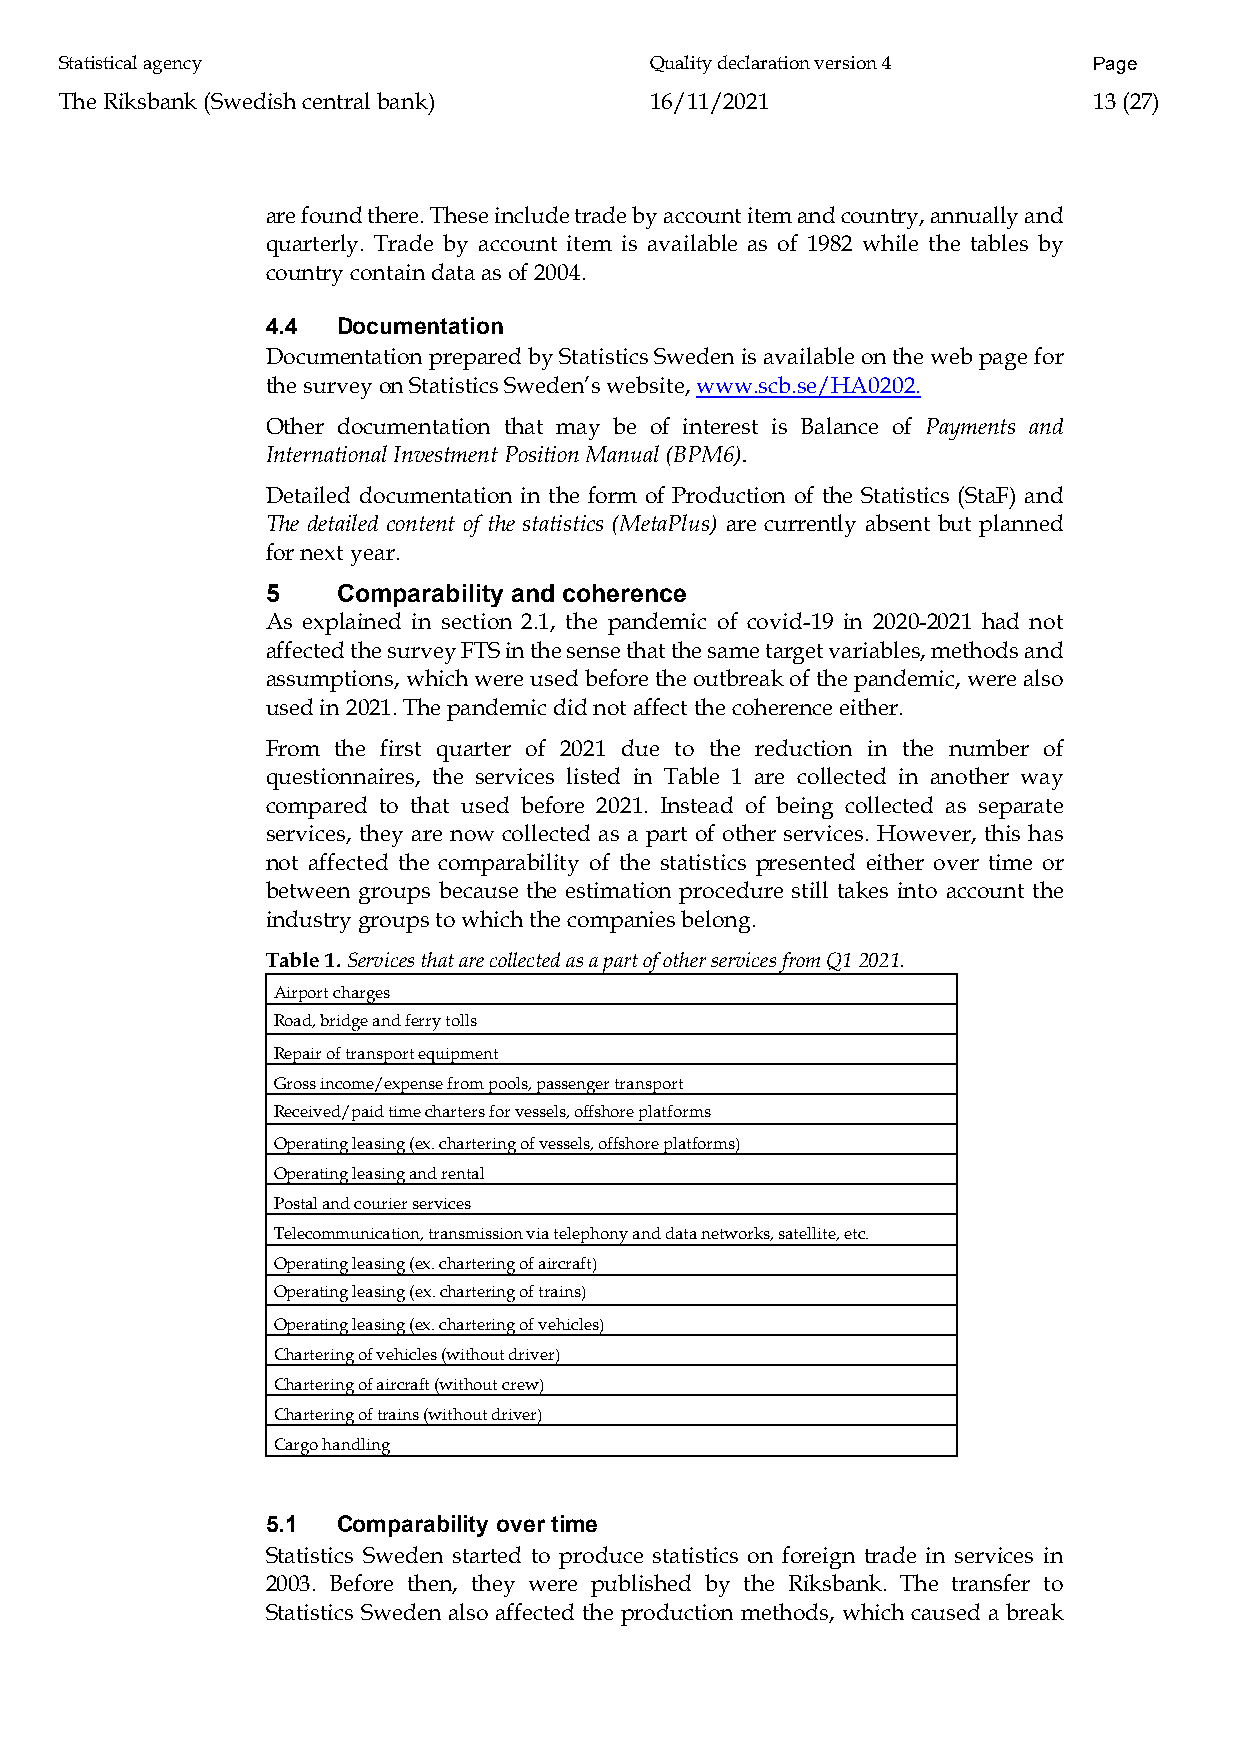
Statistical agency                     Quality declaration version 4 Page
 The Riksbank (Swedish central bank)    16/11/2021                   13 (27)
 are found there. These include trade by account item and country, annually and
 quarterly. Trade by account item is available as of 1982 while the tables by
 country contain data as of 2004.
 4.4 Documentation
 Documentation prepared by Statistics Sweden is available on the web page for
 the survey on Statistics Sweden’s website, www.scb.se/HA0202.
 Other documentation that may be of interest is Balance of Payments and
 International Investment Position Manual (BPM6).
 Detailed documentation in the form of Production of the Statistics (StaF) and
 The detailed content of the statistics (MetaPlus) are currently absent but planned
 for next year.
 5   Comparability and coherence
 As explained in section 2.1, the pandemic of covid-19 in 2020-2021 had not
 affected the survey FTS in the sense that the same target variables, methods and
 assumptions, which were used before the outbreak of the pandemic, were also
 used in 2021. The pandemic did not affect the coherence either.
 From the first quarter of 2021 due to the reduction in the number of
 questionnaires, the services listed in Table 1 are collected in another way
 compared to that used before 2021. Instead of being collected as separate
 services, they are now collected as a part of other services. However, this has
 not affected the comparability of the statistics presented either over time or
 between groups because the estimation procedure still takes into account the
 industry groups to which the companies belong.
 Table 1. Services that are collected as a part of other services from Q1 2021.
 Airport charges
 Road, bridge and ferry tolls
 Repair of transport equipment
 Gross income/expense from pools, passenger transport
 Received/paid time charters for vessels, offshore platforms
 Operating leasing (ex. chartering of vessels, offshore platforms)
 Operating leasing and rental
 Postal and courier services
 Telecommunication, transmission via telephony and data networks, satellite, etc.
 Operating leasing (ex. chartering of aircraft)
 Operating leasing (ex. chartering of trains)
 Operating leasing (ex. chartering of vehicles)
 Chartering of vehicles (without driver)
 Chartering of aircraft (without crew)
 Chartering of trains (without driver)
 Cargo handling
 5.1 Comparability over time
 Statistics Sweden started to produce statistics on foreign trade in services in
 2003. Before then, they were published by the Riksbank. The transfer to
 Statistics Sweden also affected the production methods, which caused a break